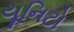
યૂનિટો